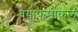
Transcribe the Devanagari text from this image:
बयोफ्य्सीकल